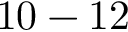
1 0 - 1 2